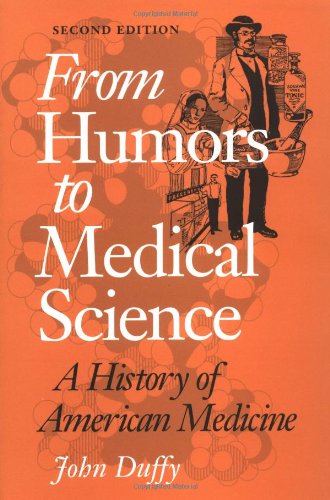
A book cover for From Humors to Medical Science: A HISTORY OF AMERICAN MEDICINE; John Duffy; Humor & Entertainment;